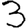
Digit: 3